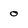
Character: o